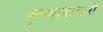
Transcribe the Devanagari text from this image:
कृष्णामाचारी